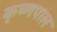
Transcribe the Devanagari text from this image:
कृष्णपाल